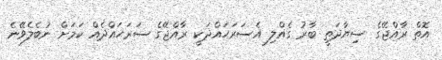
އޮތް ރާއްޖޭގެ ސިޔާދަތީ ބާރު ގެއްލި އެސަރަޙައްދަކީ ރާއްޖޭގެ ސަރަޙައްދެއް ކަމަށް ނުބެލެވޭނެ